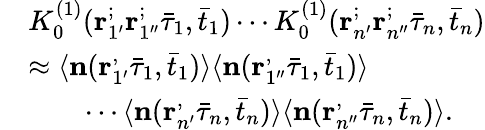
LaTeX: \begin{array}{rl}&{K_{0}^{(1)}(\mathbf{r}_{1^{\prime}}^;\mathbf{r}_{1^{\prime\prime}}^;\bar{\tau}_{1},\bar{t}_{1})\cdots K_{0}^{(1)}(\mathbf{r}_{n^{\prime}}^;\mathbf{r}_{n^{\prime\prime}}^;\bar{\tau}_{n},\bar{t}_{n})}\\ &{\approx\langle\mathbf{n}(\mathbf{r}_{1^{\prime}}^,\bar{\tau}_{1},\bar{t}_{1})\rangle\langle\mathbf{n}(\mathbf{r}_{1^{\prime\prime}}^,\bar{\tau}_{1},\bar{t}_{1})\rangle}\\ &{\qquad\cdots\langle\mathbf{n}(\mathbf{r}_{n^{\prime}}^,\bar{\tau}_{n},\bar{t}_{n})\rangle\langle\mathbf{n}(\mathbf{r}_{n^{\prime\prime}}^,\bar{\tau}_{n},\bar{t}_{n})\rangle.}\end{array}